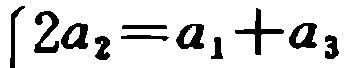
\(2a_{2}=a_{1}+a_{3}\)